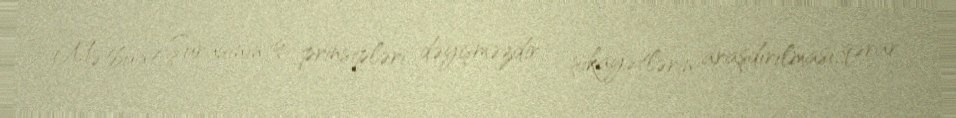
Mətbuat Şurasının iş prinsipləri dəyişməzdir - şikayətlərin araşdırılması, qərar